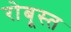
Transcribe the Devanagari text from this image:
रोबूस्त